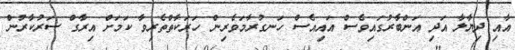
އާއި ދިޔާލާ އަދި އަންބާރުގައިވެސް އައިއެސް ހަނގުރާމަވެރިން ހަރަކާތްތެރިވާ ކަމަށް އިރާގް ސަރުކާރުން